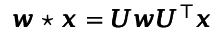
\pmb { w } \star \pmb { x } = \pmb { U } \pmb { w } \pmb { U } ^ { \top } \pmb { x }